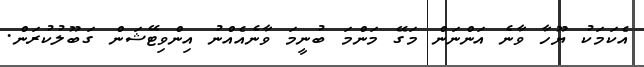
އެކަމަކު ޔޫހާ ވާނެ އަންނަން މަގޭ މަންމަ ބުނީމަ ވާނެއެއްނު އިންވިޓޭޝަން ގަބޫލުކުރަން.